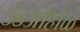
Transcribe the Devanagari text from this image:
उंडओहोळ